General report no. 6 on the lunatic asylums, vaccination and dispensaries in the Bengal Presidency, 1873 -
Year: 1873
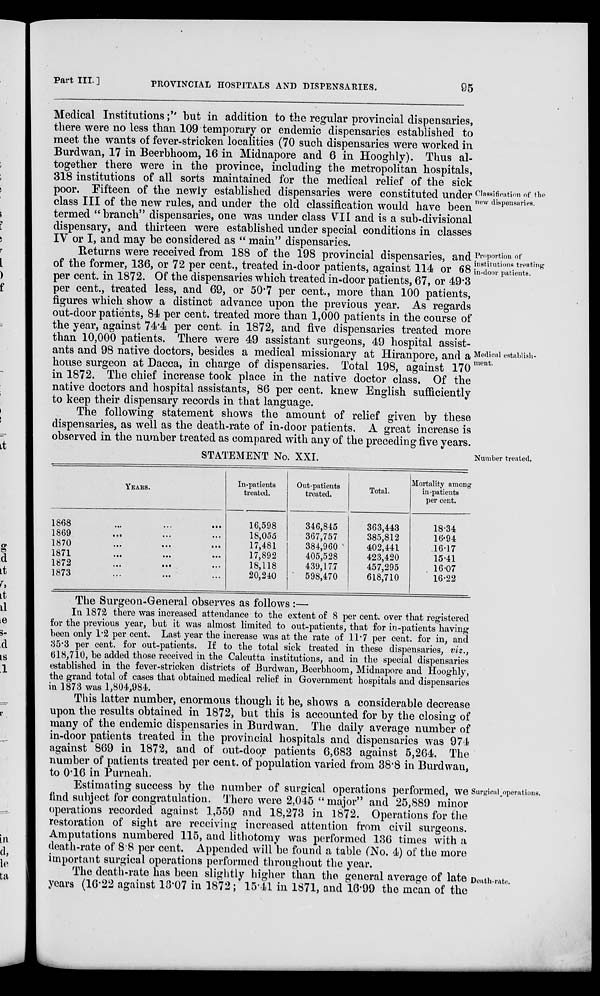
Part III. ]
PROVINCIAL HOSPITALS AND DISPENSARIES.
95
Classification of the
new dispensaries.
Medical Institutions;" but in addition to the regular provincial dispensaries,
there were no less than 109 temporary or endemic dispensaries established to
meet the wants of fever-stricken localities (70 such dispensaries were worked in
Burdwan, 17 in Beerbhoom, 16 in Midnapore and 6 in Hooghly). Thus al-
together there were in the province, including the metropolitan hospitals,
318 institutions of all sorts maintained for the medical relief of the sick
poor. Fifteen of the newly established dispensaries were constituted under
class III of the new rules, and under the old classification would have been
termed "branch" dispensaries, one was under class VII and is a sub-divisional
dispensary, and thirteen were established under special conditions in classes
IV or I, and may be considered as " main" dispensaries.
Proportion of
institutions treating
in-door patients.
Medical establish-
ment.
Returns were received from 188 of the 198 provincial dispensaries, and
of the former, 136, or 72 per cent., treated in-door patients, against 114 or 68
per cent. in 1872. Of the dispensaries which treated in-door patients, 67, or 49.3
per cent., treated less, and 69, or 50.7 per cent., more than 100 patients,
figures which show a distinct advance upon the previous year. As regards
out-door patients, 84 per cent. treated more than 1,000 patients in the course of
the year, against 74.4 per cent. in 1872, and five dispensaries treated more
than 10,000 patients. There were 49 assistant surgeons, 49 hospital assist-
ants and 98 native doctors, besides a medical missionary at Hiranpore, and a
house surgeon at Dacca, in charge of dispensaries. Total 198, against 170
in 1872. The chief increase took place in the native doctor class. Of the
native doctors and hospital assistants, 86 per cent. knew English sufficiently
to keep their dispensary records in that language.
The following statement shows the amount of relief given by these
dispensaries, as well as the death-rate of in-door patients. A great increase is
observed in the number treated as compared with any of the preceding five years.
Number treated.
STATEMENT No. XXI.
YEARS.
1868
...
...
...
1869 ... ... ...
1870
...
...
...
1871
...
...
...
1872
...
...
...
1873 ... ... ...
In-patients
treated.
16,598
18,055
17,481
17,892
18,118
20,240
Out-patients
treated.
346,845
367,757
384,960
405,528
439,177
598,470
Total.
363,443
385,812
402,441
423,420
457,295
618,710
Mortality among
in-patients
per cent.
18.34
16.94
16.17
15.41
16.07
16.22
The Surgeon-General observes as follows :—
In 1872 there was increased attendance to the extent of 8 per cent. over that registered
for the previous year, but it was almost limited to out-patients, that for in-patients having
been only 1.2 per cent. Last year the increase was at the rate of 11.7 per cent. for in, and
35.3 per cent. for out-patients. If to the total sick treated in these dispensaries, viz.,
618,710, be added those received in the Calcutta institutions, and in the special dispensaries
established in the fever-stricken districts of Burdwan, Beerbhoom, Midnapore and Hooghly,
the grand total of cases that obtained medical relief in Government hospitals and dispensaries
in 1873 was 1,804,984.
This latter number, enormous though it be, shows a considerable decrease
upon the results obtained in 1872, but this is accounted for by the closing of
many of the endemic dispensaries in Burdwan. The daily average number of
in-door patients treated in the provincial hospitals and dispensaries was 974
against 869 in 187.2, and of out-door patients 6,683 against 5,264. The
number of patients treated per cent. of population varied from 38.8 in Burdwan,
to 0.16 in Purneah.
Surgical operations.
Estimating success by the number of surgical operations performed, we
find subject for congratulation. There were 2,045 "major" and 25,889 minor
operations recorded against 1,559 and 18,273 in 1872. Operations for the
restoration of sight are receiving increased attention from civil surgeons.
Amputations numbered 115, and lithotomy was performed 136 times with a
death-rate of 8.8 per cent. Appended will be found a table (No. 4) of the more
important surgical operations performed throughout the year.
Death-rate.
The death-rate has been slightly higher than the general average of late
years (16.22 against 18.07 in 1872; 15.41 in 1871, and 16.99 the mean of the